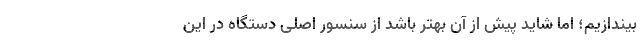
بیندازیم؛ اما شاید پیش از آن بهتر باشد از سنسور اصلی دستگاه در این